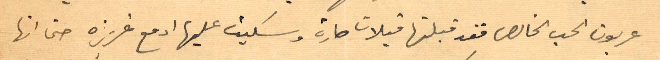
عربون الحب الخالص فقد قبلتها قبلات حارة وسكبت عليها ادمع غزيرة حتى انها